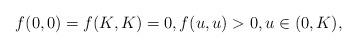
LaTeX: \begin{align*}f(0,0)=f(K,K)=0, f(u,u)>0, u\in (0, K),\end{align*}